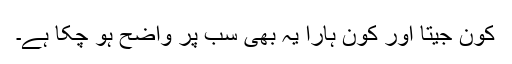
کون جیتا اور کون ہارا یہ بھی سب پر واضح ہو چکا ہے۔